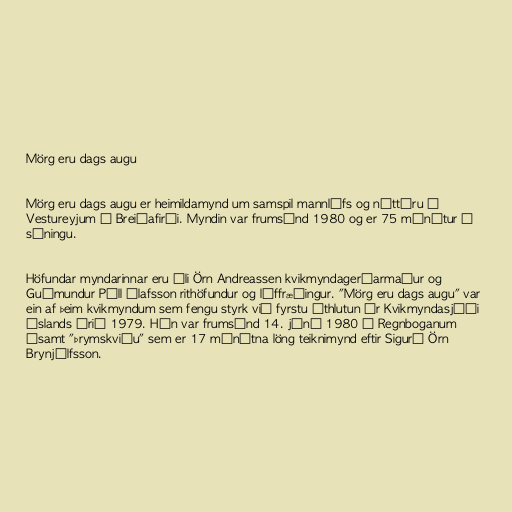
Mörg eru dags augu

Mörg eru dags augu er heimildamynd um samspil mannlífs og náttúru í
Vestureyjum á Breiðafirði. Myndin var frumsýnd 1980 og er 75 mínútur í
sýningu.

Höfundar myndarinnar eru Óli Örn Andreassen kvikmyndagerðarmaður og
Guðmundur Páll Ólafsson rithöfundur og líffræðingur. "Mörg eru dags augu" var
ein af þeim kvikmyndum sem fengu styrk við fyrstu úthlutun úr Kvikmyndasjóði
Íslands árið 1979. Hún var frumsýnd 14. júní 1980 í Regnboganum
ásamt "Þrymskviðu" sem er 17 mínútna löng teiknimynd eftir Sigurð Örn
Brynjólfsson.